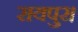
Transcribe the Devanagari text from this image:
रायपुर।